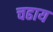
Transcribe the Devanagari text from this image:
चढाय